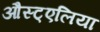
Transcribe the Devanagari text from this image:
औस्ट्एलिया